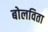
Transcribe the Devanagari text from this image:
बोलविता